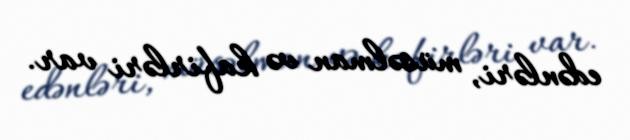
edənləri, müsəlman və kafirləri var.